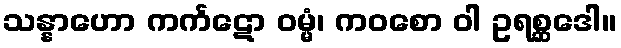
သန္နာဟော ကင်္ကဋော ဝမ္မံ၊ ကဝစော ဝါ ဥရစ္ဆဒေါ။